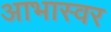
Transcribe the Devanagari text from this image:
आभास्वर